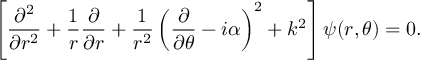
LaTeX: \left[ { \frac { \partial ^ { 2 } } { \partial r ^ { 2 } } } + { \frac { 1 } { r } } { \frac { \partial } { \partial r } } + { \frac { 1 } { r ^ { 2 } } } \left( { \frac { \partial } { \partial \theta } } - i \alpha \right) ^ { 2 } + k ^ { 2 } \right] \psi ( r , \theta ) = 0 .